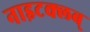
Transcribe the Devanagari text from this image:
नाइटक्लब्